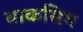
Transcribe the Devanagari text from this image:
बाकसिग